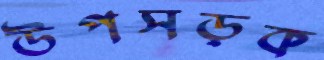
উপসড়ক